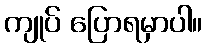
ကျုပ် ပြောရမှာပါ။